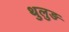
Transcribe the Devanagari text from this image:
थुलुङ